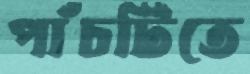
পাঁচটিতে